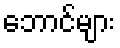
ဘောင်များ